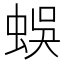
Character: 蜈